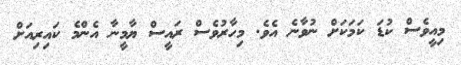
މިއީވެސް ކުޑަ ކަމަކަށް ނުވާނެ އެވެ. މިހާރުވެސް ރައީސް ޔާމީނާ އެންމެ ކައިރިއަށް